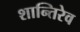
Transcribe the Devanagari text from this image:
शान्तिरेव